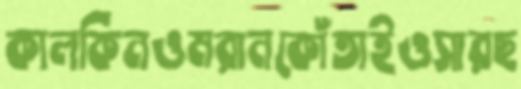
কালকিনওমরানকোঁতাইওসারছ